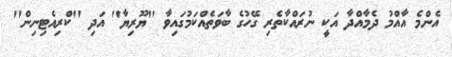
އެންމެ އާއްމު ދެމާއްދާ އަކީ ނުރައްކާތެރި ގޭހުގެ ބާވަތެއްކަމުގައިވާ ''ޔޫރިޔާ'' އަދި ''ކްރިއެޓިނިން''